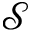
\mathcal { S }